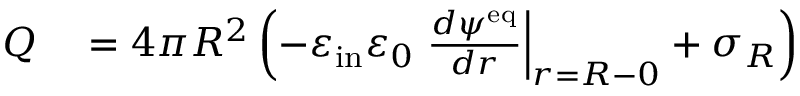
\begin{array} { r l } { Q } & { { } = 4 \pi R ^ { 2 } \left( - \varepsilon _ { \mathrm { i n } } \varepsilon _ { 0 } \left. \frac { d \psi ^ { \mathrm { e q } } } { d r } \right| _ { r = R - 0 } + \sigma _ { R } \right) } \end{array}